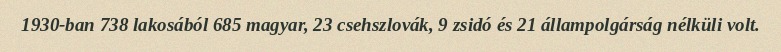
1930-ban 738 lakosából 685 magyar, 23 csehszlovák, 9 zsidó és 21 állampolgárság nélküli volt.